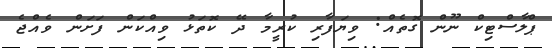
ޕްލާސްޓިކް ނޫން ގޮތެއް: ވިޔަފާރި ކުރީމާ ދޭ ކޮތަޅު ވިއްކަން ފަށަން ވެއްޖެ